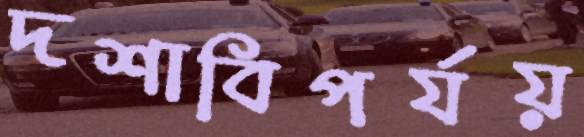
দশাবিপর্যয়